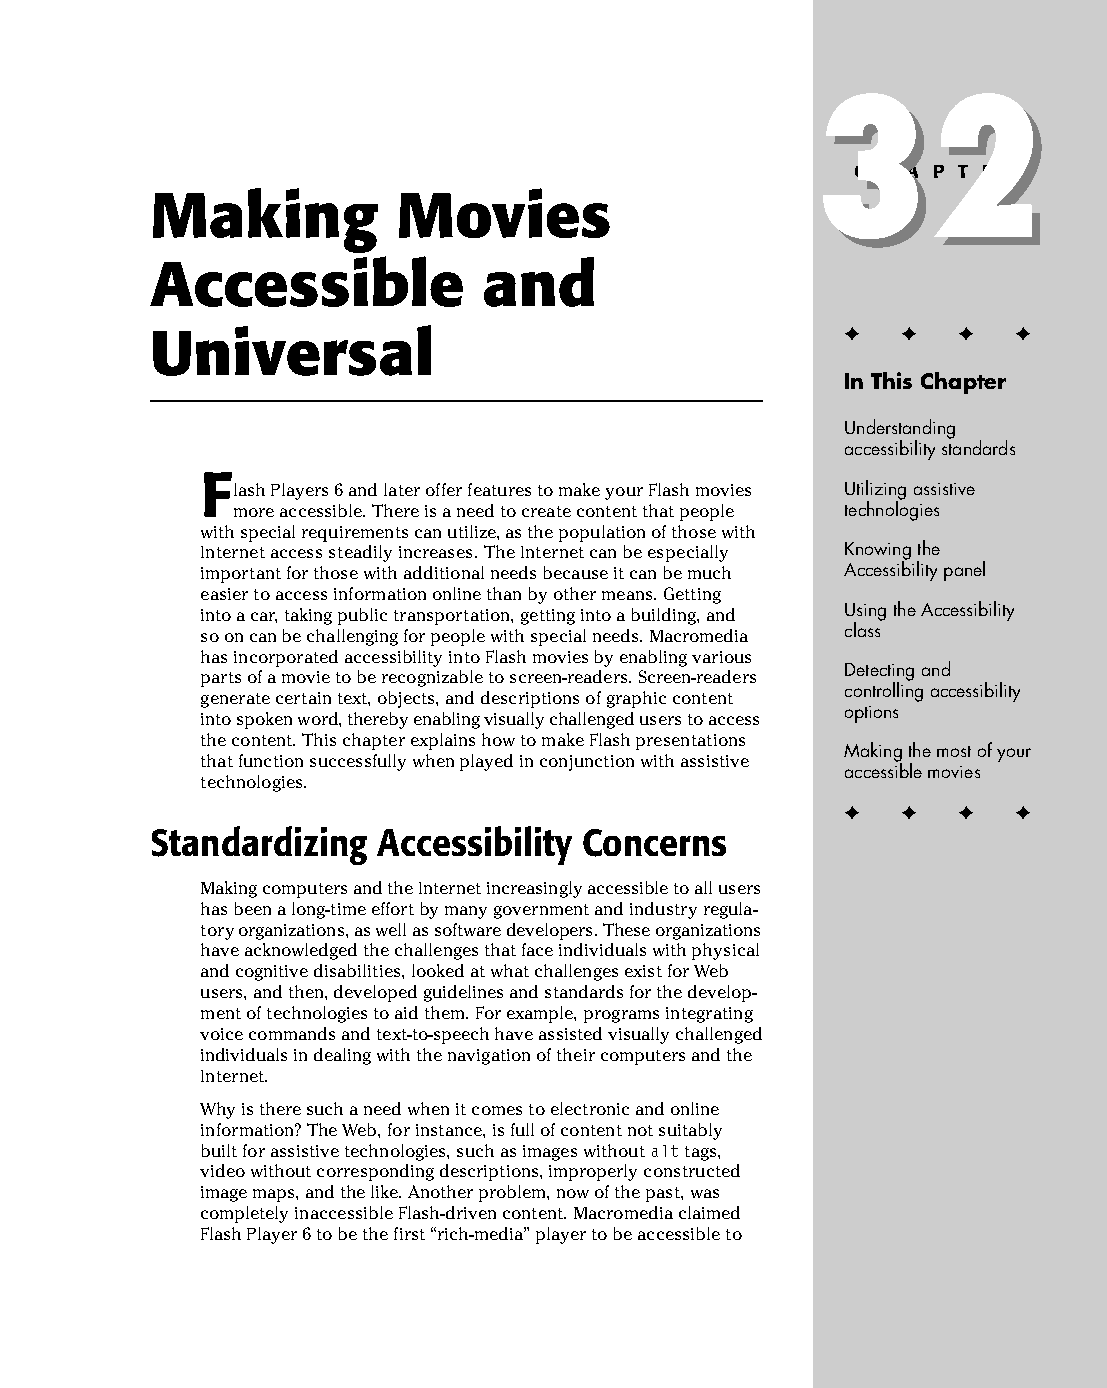
42 543547 ch32.qxd 3/24/04 4:16 PM Page 779
 32
 32
 C H A P T E R
 Making          Movies
 Accessible            and
 ✦  ✦ ✦  ✦
 Universal
 In This Chapter
 Understanding
 accessibility standards
 F
 lash Players 6 and later offer features to make your Flash movies Utilizing assistive
 more accessible. There is a need to create content that people technologies
 with special requirements can utilize, as the population of those with
 Internet access steadily increases. The Internet can be especially Knowing the
 important for those with additional needs because it can be much Accessibility panel
 easier to access information online than by other means. Getting
 into a car, taking public transportation, getting into a building, and Using the Accessibility
 so on can be challenging for people with special needs. Macromedia class
 has incorporated accessibility into Flash movies by enabling various
 Detecting and
 parts of a movie to be recognizable to screen-readers. Screen-readers
 controlling accessibility
 generate certain text, objects, and descriptions of graphic content
 options
 into spoken word, thereby enabling visually challenged users to access
 the content. This chapter explains how to make Flash presentations
 Making the most of your
 that function successfully when played in conjunction with assistive
 accessible movies
 technologies.
 ✦  ✦ ✦  ✦
 Standardizing  Accessibility Concerns
 Making computers and the Internet increasingly accessible to all users
 has been a long-time effort by many government and industry regula­
 tory organizations, as well as software developers. These organizations
 have acknowledged the challenges that face individuals with physical
 and cognitive disabilities, looked at what challenges exist for Web
 users, and then, developed guidelines and standards for the develop­
 ment of technologies to aid them. For example, programs integrating
 voice commands and text-to-speech have assisted visually challenged
 individuals in dealing with the navigation of their computers and the
 Internet.
 Why is there such a need when it comes to electronic and online
 information? The Web, for instance, is full of content not suitably
 built for assistive technologies, such as images without alt tags,
 video without corresponding descriptions, improperly constructed
 image maps, and the like. Another problem, now of the past, was
 completely inaccessible Flash-driven content. Macromedia claimed
 Flash Player 6 to be the first “rich-media” player to be accessible to